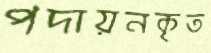
পদায়নকৃত